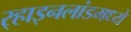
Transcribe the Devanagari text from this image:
र्‍हाइनलांडमध्ये